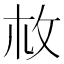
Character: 𢻾